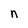
Character: n